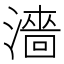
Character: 濇